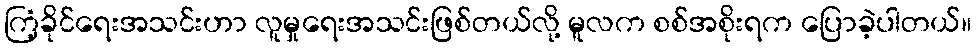
ကြံ့ခိုင်ရေးအသင်းဟာ လူမှုရေးအသင်းဖြစ်တယ်လို့ မူလက စစ်အစိုးရက ပြောခဲ့ပါတယ်။